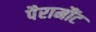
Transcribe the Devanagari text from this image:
पैरामौंट